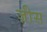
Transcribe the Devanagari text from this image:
ज़ीस